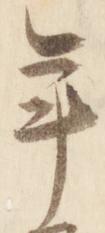
年